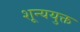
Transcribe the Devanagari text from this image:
शून्ययुक्त